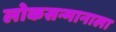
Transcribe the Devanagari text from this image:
लोकसन्मानाला